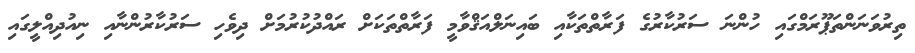
ތިރުވަނަންތަޕޫރަމްގައި ހުންނަ ސަރުކާރުގެ ފަރާތްތަކާއި ބައިނަލްއަޤްވާމީ ފަރާތްތަކަށް ރައްދުކުރުމަށް ދިވެހި ސަރުކާރުންނާއި ނިއުދިއްލީގައި